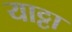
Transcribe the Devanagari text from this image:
याट्टा